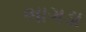
ભાગડા